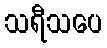
သရီသပေ